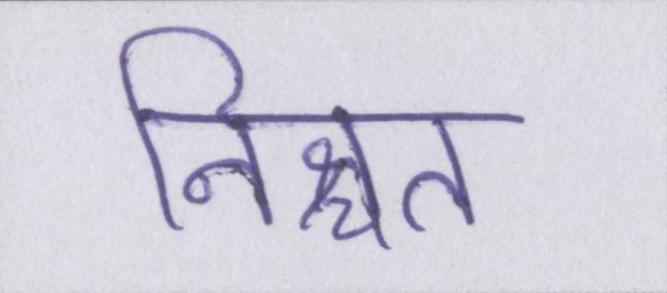
निश्चत